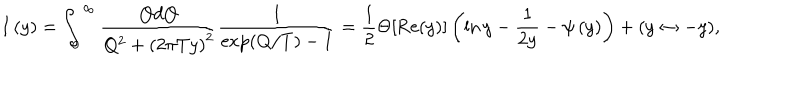
I \left( y \right) = \int _ { 0 } ^ { \infty } \frac { Q d Q } { Q ^ { 2 } + \left( 2 \pi T y \right) ^ { 2 } } \frac 1 { \exp \left( Q / T \right) - 1 } = \frac 1 2 \Theta [ \mathrm { R e } ( y ) ] \left( \ln y - \frac 1 { 2 y } - \psi \left( y \right) \right) + ( y \leftrightarrow - y ) ,